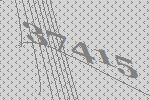
37415